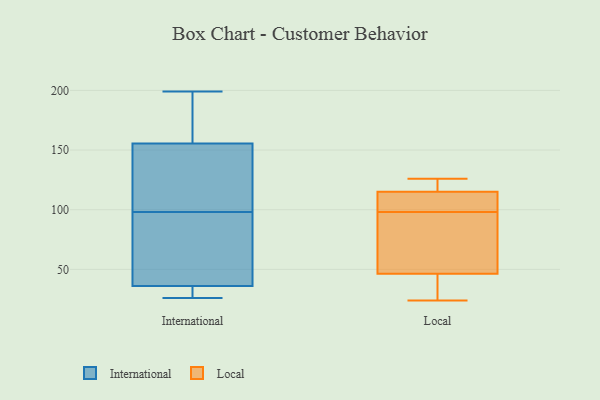
{"axis": {"x": "Page Views", "y": "Value"}, "legend": ["International", "Local"], "data": [{"x": "", "y": 33, "type": "International"}, {"x": "", "y": 161, "type": "International"}, {"x": "", "y": 154, "type": "International"}, {"x": "", "y": 153, "type": "International"}, {"x": "", "y": 26, "type": "International"}, {"x": "", "y": 43, "type": "International"}, {"x": "", "y": 32, "type": "International"}, {"x": "", "y": 39, "type": "International"}, {"x": "", "y": 32, "type": "International"}, {"x": "", "y": 137, "type": "International"}, {"x": "", "y": 57, "type": "International"}, {"x": "", "y": 59, "type": "International"}, {"x": "", "y": 194, "type": "International"}, {"x": "", "y": 199, "type": "International"}, {"x": "", "y": 149, "type": "International"}, {"x": "", "y": 157, "type": "International"}, {"x": "", "y": 75, "type": "Local"}, {"x": "", "y": 113, "type": "Local"}, {"x": "", "y": 104, "type": "Local"}, {"x": "", "y": 110, "type": "Local"}, {"x": "", "y": 38, "type": "Local"}, {"x": "", "y": 123, "type": "Local"}, {"x": "", "y": 121, "type": "Local"}, {"x": "", "y": 25, "type": "Local"}, {"x": "", "y": 126, "type": "Local"}, {"x": "", "y": 93, "type": "Local"}, {"x": "", "y": 24, "type": "Local"}, {"x": "", "y": 49, "type": "Local"}, {"x": "", "y": 98, "type": "Local"}]}